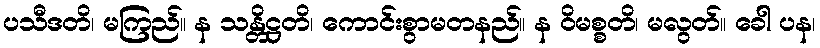
ပသီဒတိ၊ မကြည်။ န သန္တိဋ္ဌတိ၊ ကောင်းစွာမတနည်။ န ဝိမစ္စတိ၊ မလွတ်။ ခေါ ပန၊